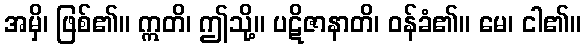
အမှိ၊ ဖြစ်၏။ ဣတိ၊ ဤသို့။ ပဋိဇာနာတိ၊ ဝန်ခံ၏။ မေ၊ ငါ၏။